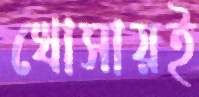
খোসায়ই